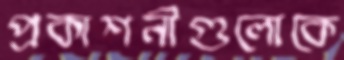
প্রকাশনীগুলোকে